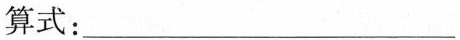
算式：___